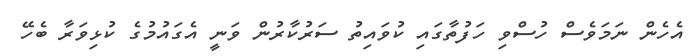
އެހެން ނަމަވެސް ހުސްވި ހަފުތާގައި ކުވައިތު ސަރުކާރުން ވަނީ އެގައުމުގެ ކުޅިވަރާ ބެހޭ